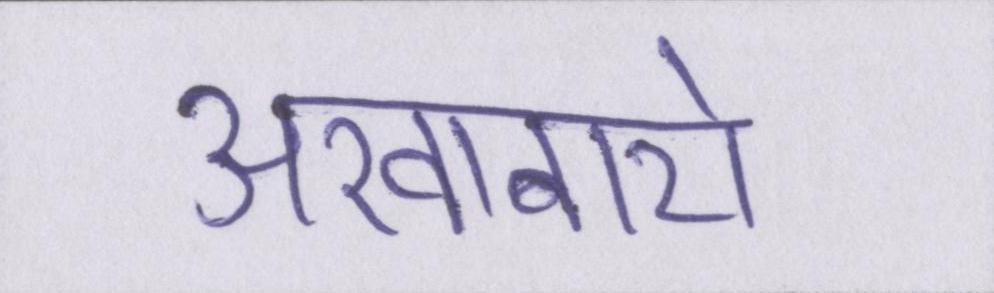
अखाबारो